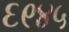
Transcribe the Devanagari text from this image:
६९४५